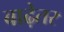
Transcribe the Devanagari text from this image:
बाढ़ेतर